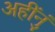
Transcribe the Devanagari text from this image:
अहींनुं